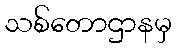
သစ်တောဌာနမှ